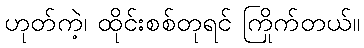
ဟုတ်ကဲ့၊ ထိုင်းစစ်တုရင် ကြိုက်တယ်။